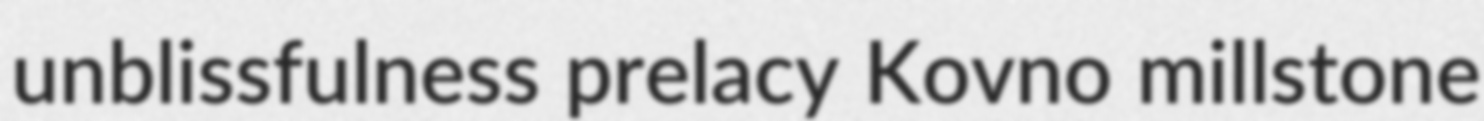
unblissfulness prelacy Kovno millstone